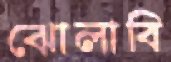
ঝোলাবি